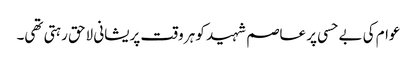
عوام کی بے حسی پر عاصم شہید کو ہر وقت پریشانی لاحق رہتی تھی۔